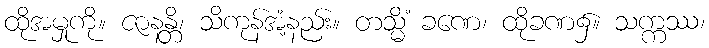
ထိုအမှုကို။ ဇာနန္တိ၊ သိကုန်အံ့နည်း။ တသ္မိံ ခဏေ၊ ထိုခဏ၌။ သက္ကဿ၊